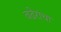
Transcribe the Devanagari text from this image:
वढेरांचा